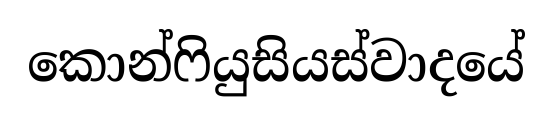
කොන්ෆියුසියස්වාදයේ